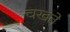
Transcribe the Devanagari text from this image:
चखते